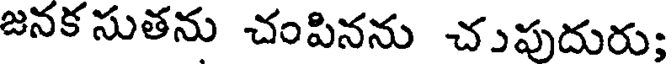
జనక సుతను చంపినను చుపుదురు;